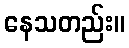
နေသတည်း။